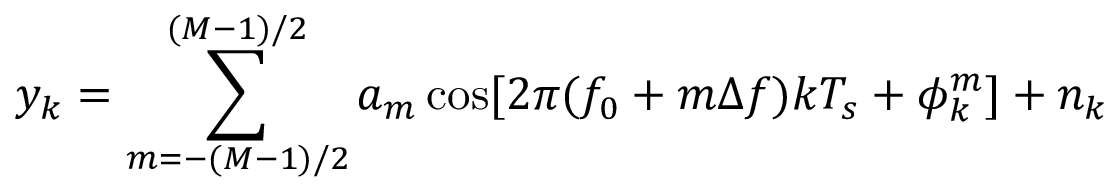
y _ { k } = \sum _ { m = - ( M { - } 1 ) / 2 } ^ { ( M { - } 1 ) / 2 } a _ { m } \cos [ 2 \pi ( f _ { 0 } + m \Delta f ) k T _ { s } + \phi _ { k } ^ { m } ] + n _ { k }